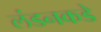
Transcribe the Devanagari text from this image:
लंडनकडे